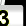
Digit: 3